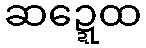
ဆဍ္ဍေထ